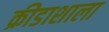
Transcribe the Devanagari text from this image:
क्रीडाशाला